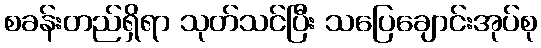
စခန်းတည်ရှိရာ သုတ်သင်ပြီး သပြေချောင်းအုပ်စု